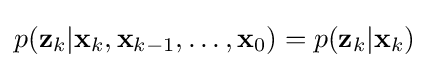
p({\textbf {z}}_{k}|{\textbf {x}}_{k},{\textbf {x}}_{k-1},\dots ,{\textbf {x}}_{0})=p({\textbf {z}}_{k}|{\textbf {x}}_{k})